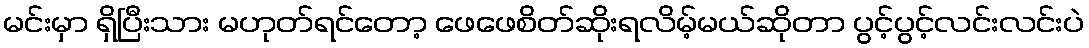
မင်းမှာ ရှိပြီးသား မဟုတ်ရင်တော့ ဖေဖေစိတ်ဆိုးရလိမ့်မယ်ဆိုတာ ပွင့်ပွင့်လင်းလင်းပဲ